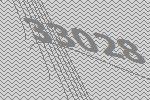
33028